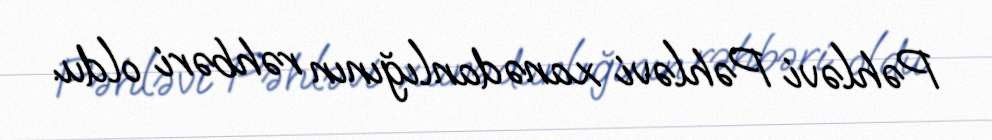
Pəhləvi Pəhləvi xanədanlığının rəhbəri oldu.